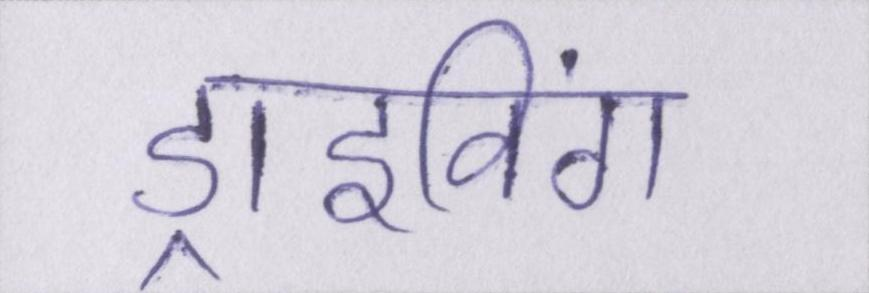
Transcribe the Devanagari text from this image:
ड्राइविंग